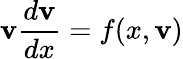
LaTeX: \mathbf{v}{\frac{{d\mathbf{v}}}{{dx}}}=f(x,\mathbf{v})